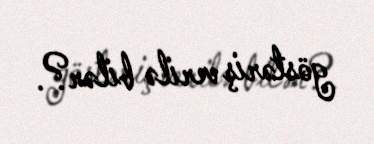
göstəriş verilə bilər?.